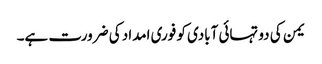
یمن کی دو تہائی آبادی کو فوری امداد کی ضرورت ہے۔